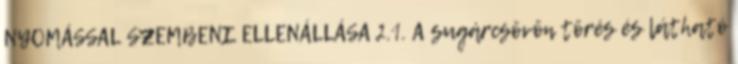
NYOMÁSSAL SZEMBENI ELLENÁLLÁSA 2.1. A sugárcsövön törés és látható